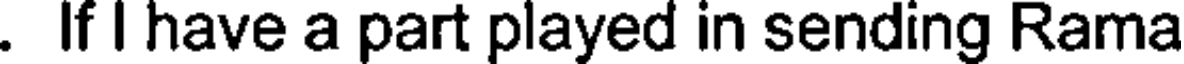
. If I have a part played in sending Rama